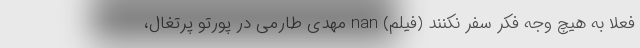
فعلا به هیچ وجه فکر سفر نکنند (فیلم) nan مهدی طارمی در پورتو پرتغال،